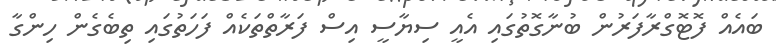
ބައެއް ފޮޓޮގްރާފަރުން ބުނާގޮތުގައި އެއީ ސިޔާސީ އިސް ފަރާތްތަކެއް ފަހަތުގައި ތިބެގެން ހިންގާ